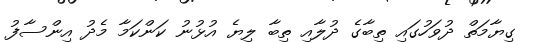
ގިޔާމަތް ދުވަހުގައި ތިބާގެ ދުލާއި ތިބާ ލިޔެ އުޅުނު ކަންކަމާ މެދު އިންސާފު